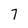
Character: 7